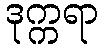
ဒုက္ကရာ